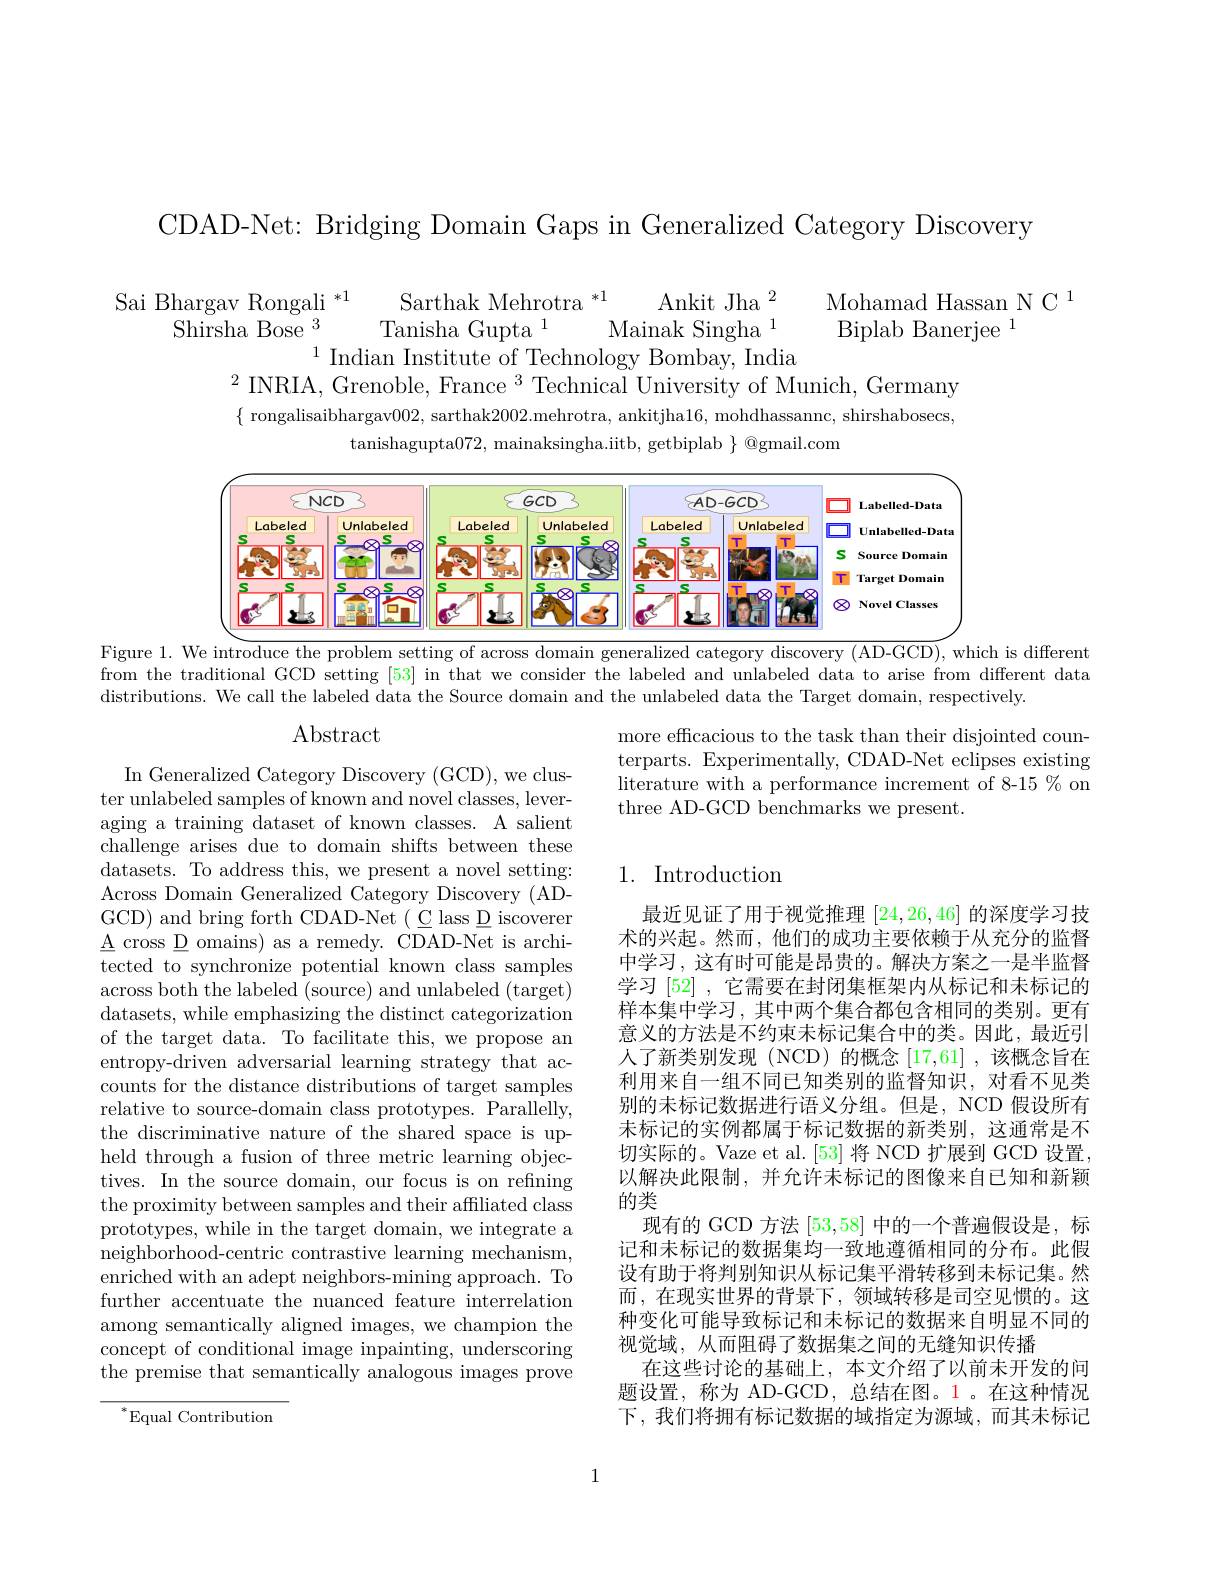
CDAD-Net: Bridging Domain Gaps in Generalized Category Discovery

$\begin{array}{c}\text{Sai Bhargav Rongali }^{*1}&\text{Sarthak Mehrotra }^{*1}&\text{Ankit Jha}^{2}&\text{Mohamad Hassan N C}^{1}\\\text{Shirsha Bose}^{3}&\text{Tanisha Gupta}^{1}&\text{Mainak Singha}^{1}&\text{Biplab Banerjee}^{1}\end{array}$

$^2$INRIA, Grenoble, France $^3$Technical University of Munich, Germany

$\{$ rongalisaibhargav002, sarthak2002.mehrotra, ankitjha16, mohdhassannc, shirshabosecs,
tanishagupta072, mainaksingha.iitb, getbiplab $\}$ @gmail.com

<FigureHere>

Figure 1. We introduce the problem setting of across domain generalized category discovery (AD-GCD), which is different from the traditional GCD setting [53] in that we consider the labeled and unlabeled data to arise from different data distributions. We call the labeled data the Source domain and the unlabeled data the Target domain, respectively.

Abstract

more efficacious to the task than their disjointed counterparts. Experimentally, CDAD-Net eclipses existing literature with a performance increment of 8-15 % on three AD-GCD benchmarks we present.

## 1. Introduction

In Generalized Category Discovery (GCD), we cluster unlabeled samples of known and novel classes, leveraging a training dataset of known classes. A salient challenge arises due to domain shifts between these datasets. To address this, we present a novel setting: Across Domain Generalized Category Discovery (ADGCD) and bring forth CDAD-Net ( C lass D iscoverer $\underline{\mathrm{A}}$cross D omains) as a remedy. CDAD-Net is architected to synchronize potential known class samples across both the labeled (source) and unlabeled (target) datasets, while emphasizing the distinct categorization of the target data. To facilitate this, we propose an entropy-driven adversarial learning strategy that accounts for the distance distributions of target samples relative to source-domain class prototypes. Parallelly, the discriminative nature of the shared space is upheld through a fusion of three metric learning objectives. In the source domain, our focus is on refining the proximity between samples and their affiliated class prototypes, while in the target domain, we integrate a neighborhood-centric contrastive learning mechanism, enriched with an adept neighbors-mining approach. To further accentuate the nuanced feature interrelation among semantically aligned images, we champion the concept of conditional image inpainting, underscoring the premise that semantically analogous images prove

最近见证了用于视觉推理[24,26,46]的深度学习技术的兴起。然而，他们的成功主要依赖于从充分的监督中学习，这有时可能是昂贵的。解决方案之一是半监督学习[52] ,它需要在封闭集框架内从标记和未标记的样本集中学习，其中两个集合都包含相同的类别。更有意义的方法是不约束未标记集合中的类。因此，最近引人了新类别发现(NCD)的概念[17,61],该概念旨在利用来自一组不同已知类别的监督知识，对看不见类别的未标记数据进行语义分组。但是，NCD 假设所有未标记的实例都属于标记数据的新类别，这通常是不切实际的。Vaze et al.[53]将 NCD 扩展到 GCD 设置， 以解决此限制，并允许未标记的图像来自已知和新颖的类
现有的 GCD 方法[53,58]中的一个普遍假设是，标记和未标记的数据集均一致地遵循相同的分布。此假设有助于将判别知识从标记集平滑转移到未标记集。然而，在现实世界的背景下，领域转移是司空见惯的。这种变化可能导致标记和未标记的数据来自明显不同的视觉域，从而阻碍了数据集之间的无缝知识传播
在这些讨论的基础上，本文介绍了以前未开发的问题设置，称为 AD-GCD, 总结在图。1。在这种情况下，我们将拥有标记数据的域指定为源域，而其未标记

$^*$Equal Contribution

1